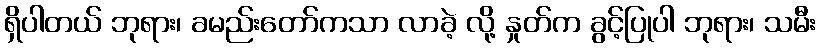
ရှိပါတယ် ဘုရား၊ ခမည်းတော်ကသာ လာခဲ့ လို့ နှုတ်က ခွင့်ပြုပါ ဘုရား၊ သမီး